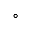
^ \circ